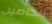
الخاصين